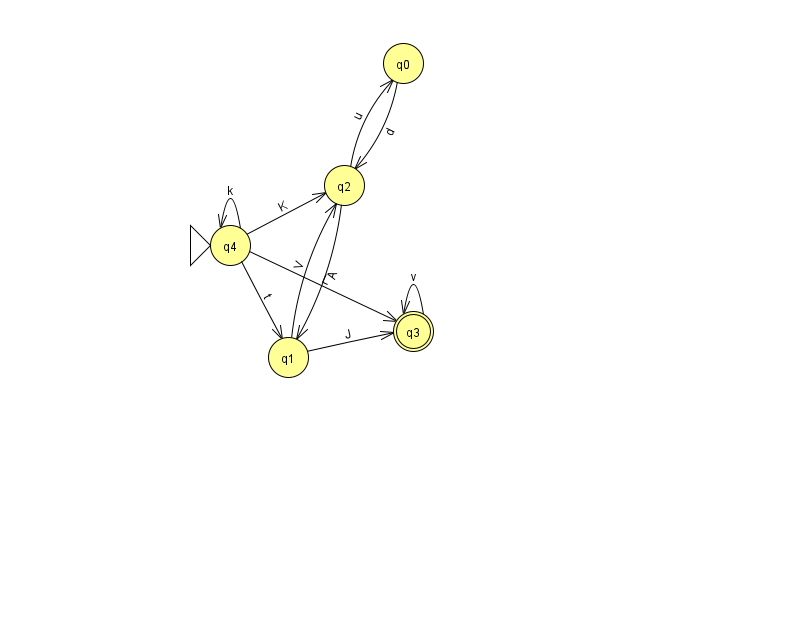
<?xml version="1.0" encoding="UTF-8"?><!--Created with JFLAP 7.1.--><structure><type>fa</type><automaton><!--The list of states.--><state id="0" name="q0"><x>403.0</x><y>50.0</y></state><state id="1" name="q1"><x>288.0</x><y>344.0</y></state><state id="2" name="q2"><x>344.0</x><y>172.0</y></state><state id="3" name="q3"><x>413.0</x><y>318.0</y><final/></state><state id="4" name="q4"><x>230.0</x><y>232.0</y><initial/></state><!--The list of transitions.--><transition><from>2</from><to>1</to><read>A</read></transition><transition><from>1</from><to>3</to><read>J</read></transition><transition><from>4</from><to>1</to><read>t</read></transition><transition><from>4</from><to>3</to><read>L</read></transition><transition><from>3</from><to>3</to><read>v</read></transition><transition><from>1</from><to>2</to><read>V</read></transition><transition><from>0</from><to>2</to><read>d</read></transition><transition><from>2</from><to>0</to><read>u</read></transition><transition><from>4</from><to>2</to><read>K</read></transition><transition><from>4</from><to>4</to><read>k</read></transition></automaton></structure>